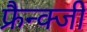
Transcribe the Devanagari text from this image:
फ्रैन्क्जी